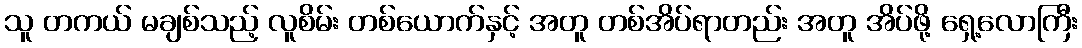
သူ တကယ် မချစ်သည့် လူစိမ်း တစ်ယောက်နှင့် အတူ တစ်အိပ်ရာတည်း အတူ အိပ်ဖို့ ရှေ့လောကြီး